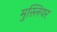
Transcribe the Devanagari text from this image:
मुस्लियर